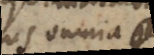
ipso omnia